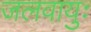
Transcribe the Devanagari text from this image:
जलवायुः